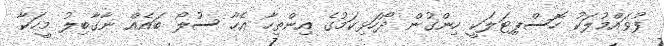
ފުވައްމުލަކު ހޮސްޕިޓަލަކީ ހިންގުން ދޯހަޅިކަމުގެ އިންތިހާ އެހާ ސުލޯ ބައެއް ނާގާބިލު މީހަކާ